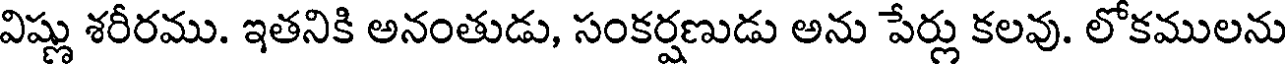
విష్ణు శరీరము. ఇతనికి అనంతుడు, సంకర్షణుడు అను పేర్లు కలవు. లోకములను